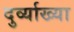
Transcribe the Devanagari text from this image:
दुर्व्याख्या